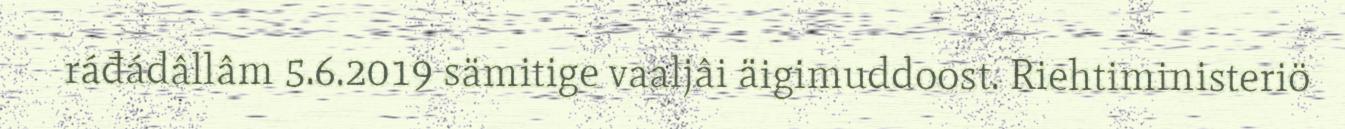
ráđádâllâm 5.6.2019 sämitige vaaljâi äigimuddoost. Riehtiministeriö